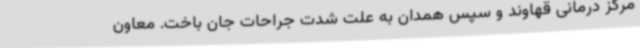
مرکز درمانی قهاوند و سپس همدان به علت شدت جراحات جان باخت. معاون